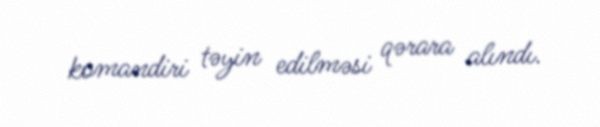
komandiri təyin edilməsi qərara alındı.